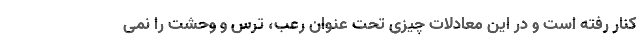
کنار رفته است و در این معادلات چیزی تحت عنوان رعب، ترس و وحشت را نمی